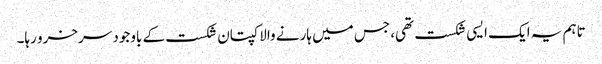
تاہم یہ ایک ایسی شکست تھی، جس میں ہارنے والا کپتان شکست کے باوجود سرخرو رہا۔